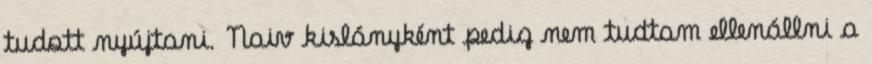
tudott nyújtani. Naiv kislányként pedig nem tudtam ellenállni a